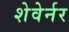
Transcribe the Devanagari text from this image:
शेवेर्नर